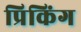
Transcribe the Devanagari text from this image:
प्रिकिंग